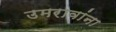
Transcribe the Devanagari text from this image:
उमरावांना